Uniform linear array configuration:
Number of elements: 32
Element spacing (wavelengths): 0.5
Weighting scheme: kaiser
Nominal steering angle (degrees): -45
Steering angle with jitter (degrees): -43.959
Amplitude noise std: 0.05
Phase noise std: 0.05

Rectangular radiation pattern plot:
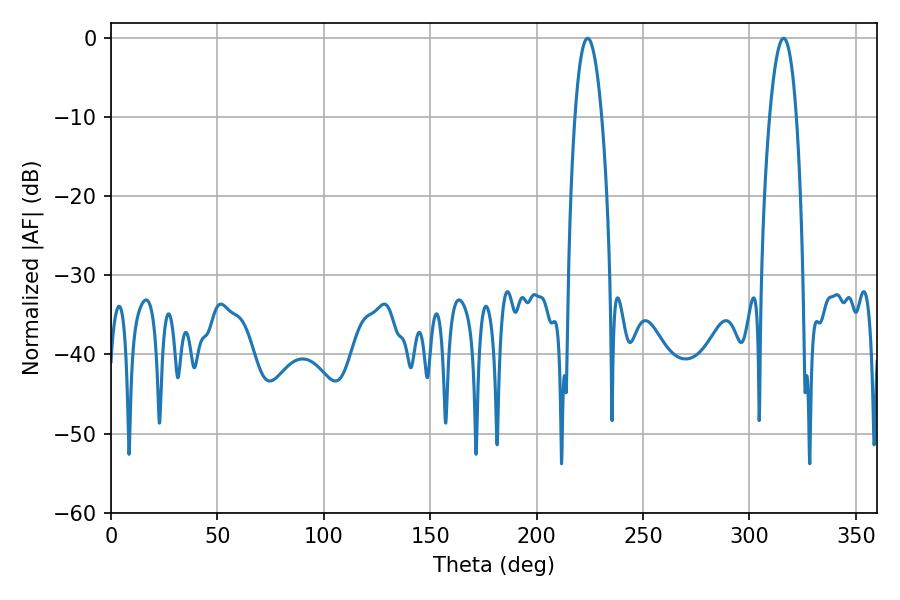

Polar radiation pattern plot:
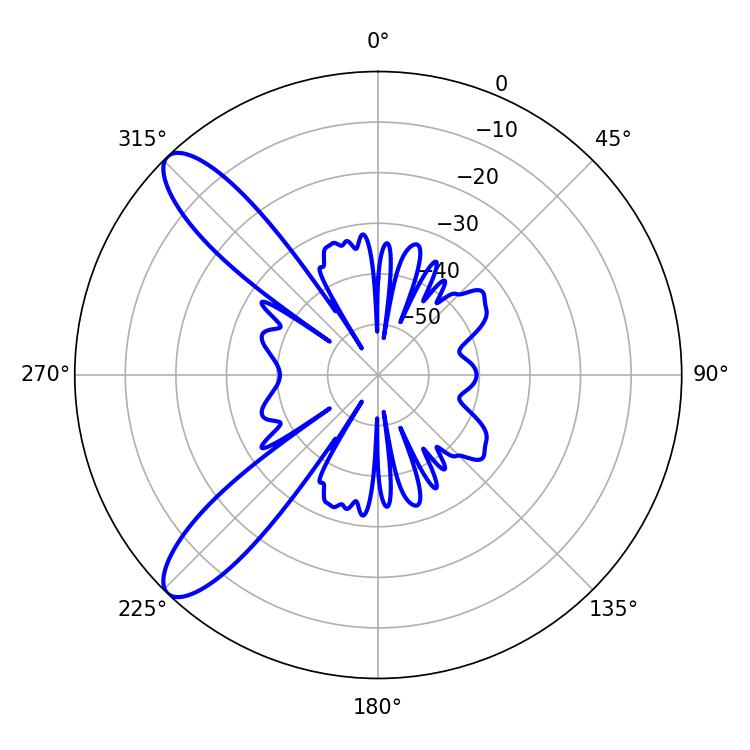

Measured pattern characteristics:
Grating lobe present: FALSE
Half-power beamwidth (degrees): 7.02
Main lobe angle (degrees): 223.92